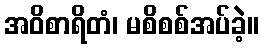
အဝိစာရိတံ၊ မစိစစ်အပ်ခဲ့။